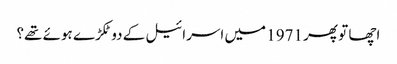
اچھا تو پھر 1971 میں اسرائیل کے دو ٹکڑے ہوئے تھے؟